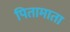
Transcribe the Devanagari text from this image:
पितामाता